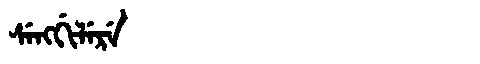
Manchu: ᠰᡝᠩᡤᡳᠯᡝᡵᡝ
Romanization: SENGGILERE